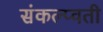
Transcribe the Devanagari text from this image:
संकल्प्वती